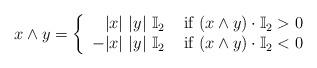
LaTeX: \begin{align*}x\wedge y=\left\{\begin{array}{rl}|x|\ |y| \ \mathbb{I}_2 & \textrm{ if } (x\wedge y)\cdot \mathbb{I}_2 > 0 \\-|x|\ |y| \ \mathbb{I}_2 & \textrm{ if } (x\wedge y)\cdot \mathbb{I}_2 < 0\end{array}\right.\end{align*}